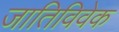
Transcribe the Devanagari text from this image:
जातिविवेक